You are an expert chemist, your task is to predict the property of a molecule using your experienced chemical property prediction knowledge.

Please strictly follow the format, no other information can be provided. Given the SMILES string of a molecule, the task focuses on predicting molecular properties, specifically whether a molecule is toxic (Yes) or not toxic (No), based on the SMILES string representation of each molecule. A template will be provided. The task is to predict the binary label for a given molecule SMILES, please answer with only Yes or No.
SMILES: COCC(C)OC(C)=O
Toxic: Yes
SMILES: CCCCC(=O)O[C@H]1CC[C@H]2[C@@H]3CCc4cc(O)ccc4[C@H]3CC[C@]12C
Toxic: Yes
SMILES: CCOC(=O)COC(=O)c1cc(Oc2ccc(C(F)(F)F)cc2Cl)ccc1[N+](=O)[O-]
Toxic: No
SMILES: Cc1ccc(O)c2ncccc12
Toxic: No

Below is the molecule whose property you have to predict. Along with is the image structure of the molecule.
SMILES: C=C(C)C#N
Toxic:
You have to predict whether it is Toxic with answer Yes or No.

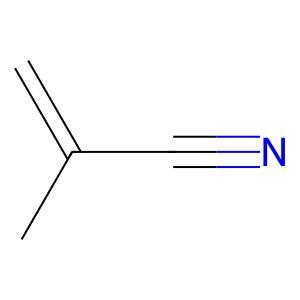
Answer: No